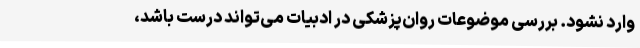
وارد نشود. بررسی موضوعات روان‌پزشکی در ادبیات می‌تواند درست باشد،